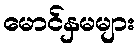
မောင်နှမများ